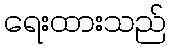
ရေးထားသည်